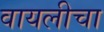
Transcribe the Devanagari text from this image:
वायलीचा